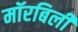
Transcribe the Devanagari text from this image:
मॉरबिली